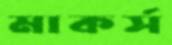
মাকর্স